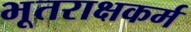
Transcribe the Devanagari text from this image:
भूतराक्षकर्म